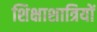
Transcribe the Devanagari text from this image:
शिक्षाशात्रियों